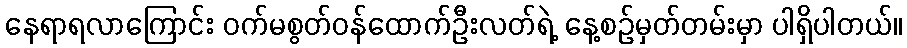
နေရာရလာကြောင်း ဝက်မစွတ်ဝန်ထောက်ဦးလတ်ရဲ့ နေ့စဉ်မှတ်တမ်းမှာ ပါရှိပါတယ်။